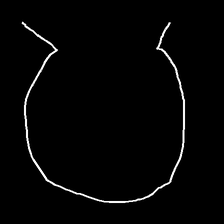
Glyph: weave